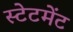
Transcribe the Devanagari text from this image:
स्‍टेटमेंट